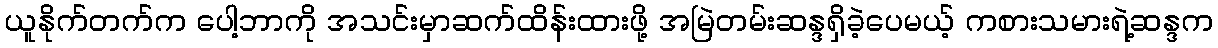
ယူနိုက်တက်က ပေါ့ဘာကို အသင်းမှာဆက်ထိန်းထားဖို့ အမြဲတမ်းဆန္ဒရှိခဲ့ပေမယ့် ကစားသမားရဲ့ဆန္ဒက